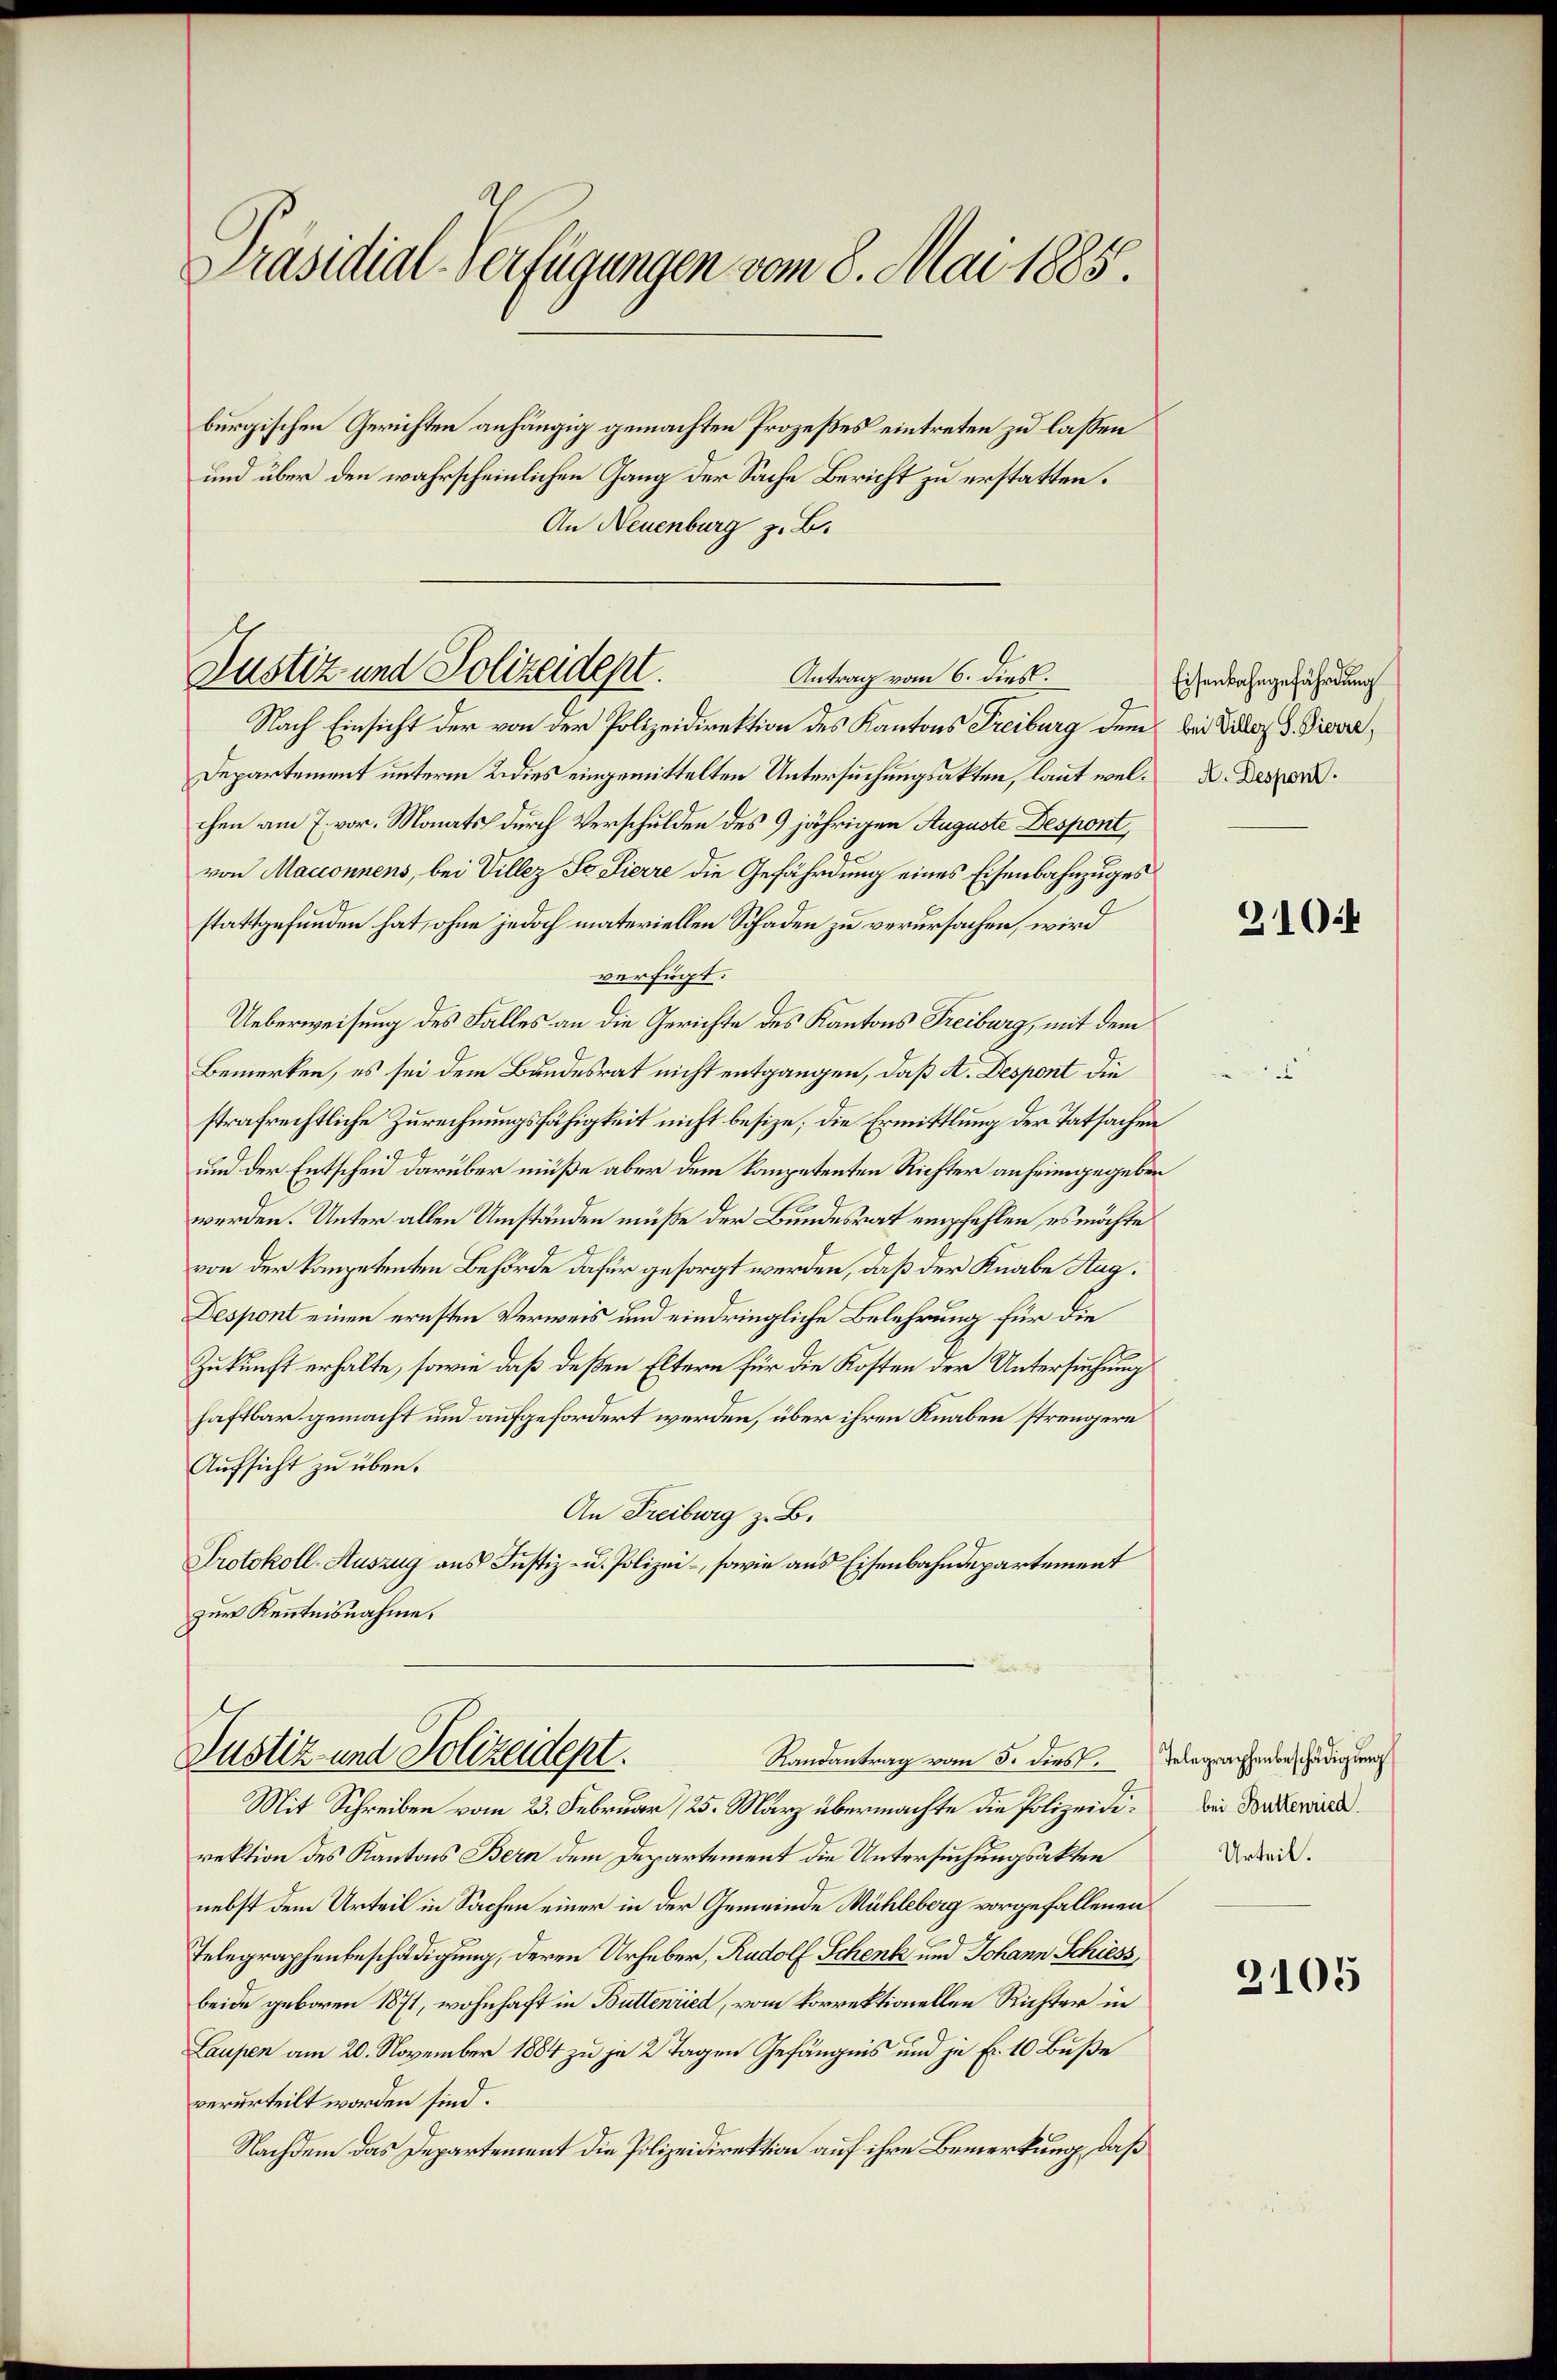
Präsidial-Verfügungen vom 8. Mai 1885.

burgischen Gerichten anhängig gemachten Prozeßes eintreten zu lassen
und über den wahrscheinlichen Gang der Sache Bericht zu erstatten.
An Neuenburg z. B.

Justiz und Polizeidept.
Antrag vom 6. dies.

Justiz und Polizeidept.
Randantrag vom 5. dies

Nach Einsicht der von der Polizeidirektion des Kantons Freiburg dem bei Dilez d. Prover,
Departement unterm 2. dies eingemittelten Untersuchungsakten, laut wel- u. Deszen
chen am 7. vor. Monats durch Verschulden des 9 jährigen Auguste Despont,
von Macionnens, bei Villez St. Lierre die Gefährdung eines Eisenbahnzuges
stattgefunden hat, ohne jedoch materiellen Schaden zu verursachen, wird
verfügt:
Ueberweisung des Falles an die Gerichte des Kantons Freiburg, mit dem
.
Bemerken, es sei dem Bundesrat nicht entgangen, daß A. Despont die
strafrechtliche Zurechnungsfähigkeit nicht besize, die Ermittlung der Tatsachen
und der Entscheid darüber müße aber dem kompetenten Richter anheimgegeben
werden. Unter allen Umständen müße der Bundesrat empfehlen, es möchte
von der kompetenten Behörde dafür gesorgt werden, daß der Knabe Aug.
Despont einen ernsten Verweis und eindringliche Belehrung für die
Zukunft erhalte, sowie daß deßen Eltern für die Kosten der Untersuchung
haftbar gemacht und aufgefordert werden, über ihren Knaben strengere
Aufsicht zu über.
An Freiburg z. B.
Protokoll-Auszug aus Justiz- u. Polizei-, sowie aus Eisenbahndepartement
zur Kenntnisnahme.

Mit Schreiben vom 23. Februar (25. März übermachte die Polizeidirektion des Kantons Bern dem Departement die Untersuchungsakten
nebst dem Urteil in Sachen einer in der Gemeinde Mühleberg vorgefallenen
Telegraphenbeschädigung, deren Urheber, Rudolf Schenk und Johann Schiess,
beide geboren 1871, wohnhaft in Büttenried, vom korrektionellen Richter in
Laupen am 20. November 1884 zu je 2 Tagen Gefängnis und je Fr. 10 Buße
verurteilt worden sind.
Nachdem das Departement die Polizeidirektion auf ihre Bemerkung, daß

Eisenbahngefährdung

310.4

Telegraphenbeschädigung
bei Buttenried.
Urteil.

2105